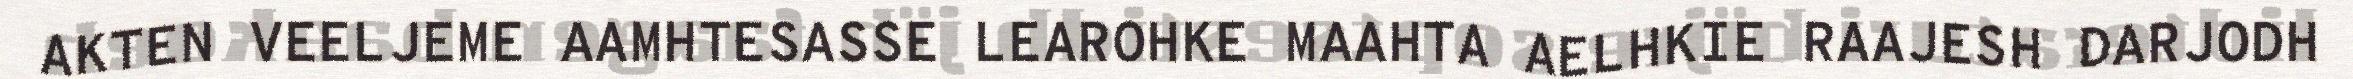
AKTEN VEELJEME AAMHTESASSE LEAROHKE MAAHTA AELHKIE RAAJESH DARJODH